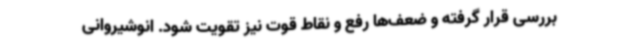
بررسی قرار گرفته و ضعف‌ها رفع و نقاط قوت نیز تقویت شود. انوشیروانی